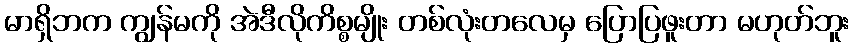
မာရှိဘက ကျွန်မကို အဲဒီလိုကိစ္စမျိုး တစ်လုံးတလေမှ ပြောပြဖူးတာ မဟုတ်ဘူး